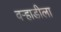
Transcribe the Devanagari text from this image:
वर्‍हाडीला